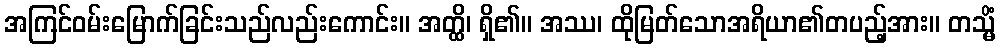
အကြင်ဝမ်းမြောက်ခြင်းသည်လည်းကောင်း။ အတ္ထိ၊ ရှိ၏။ အဿ၊ ထိုမြတ်သောအရိယာ၏တပည့်အား။ တသ္မိံ